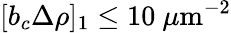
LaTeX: [b_{c}\Delta\rho]_{1}\leq 10~\mu\textrm{m}^{-2}